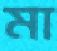
মা